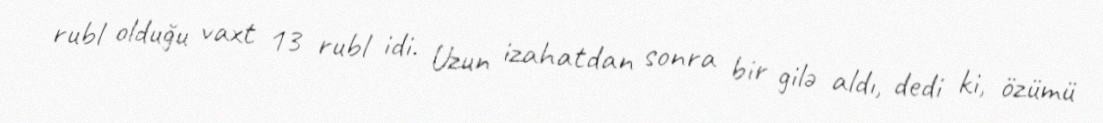
rubl olduğu vaxt 13 rubl idi. Uzun izahatdan sonra bir gilə aldı, dedi ki, özümü